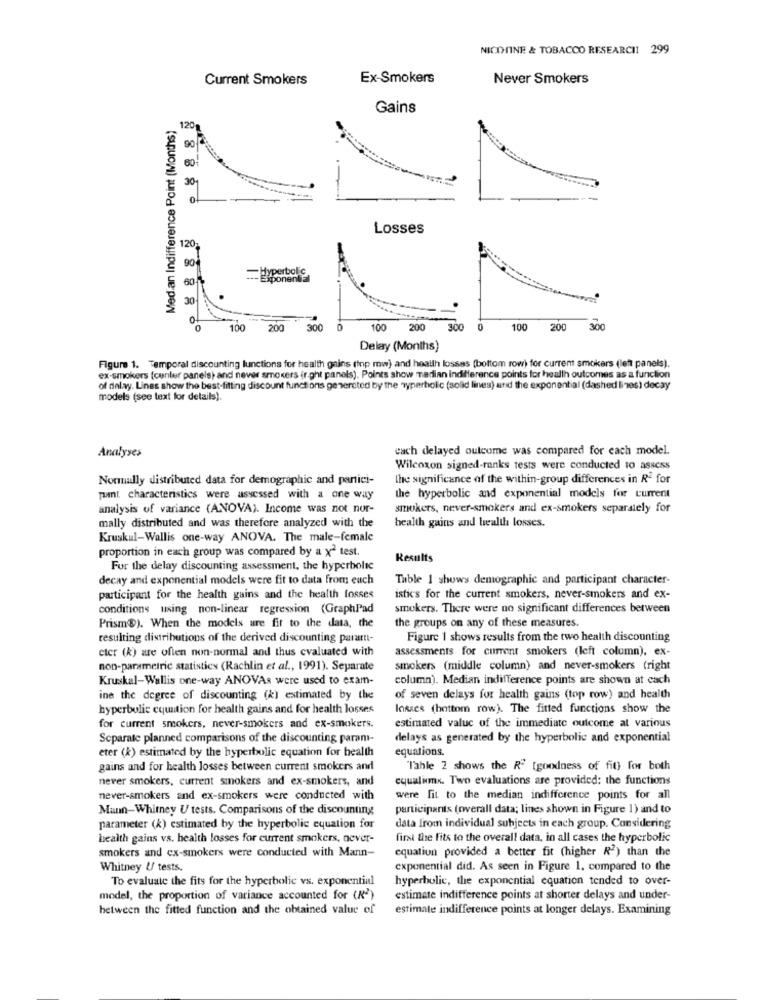
NICOTINE & TOBACCO RESEARCH! 299
Current Smokers
Ex-Smokers
Never Smokers
Gains
Median Indifference Point (Months)
120g
90
60
30
0
8 8 8 8
Losses
120
90
Hyperbolic
60%
--- Exponential
30
100
200
300
100
200
300
0
100
200
300
Delay (Months)
Figure 1. Temporal discounting lunctions for health gains (iop mw) and health lossas (bottom row) for current smokers (left panels).
ex-smokers [center panels) and never smokers ir ght panels). Points show madian indifference points for health outcomes as a function
of delay. Lines show the best-fitting discount functions generated by the hyperbolic (solid lines) and the exponential (dashed lines) decay
models (see text for details).
Analyses
cach delayed outcome was compared for each model.
Wilcoxon signed-ranks tests were conducted to assess
Normally distributed data for demographic and partici-
the significance of the within-group differences in Re for
paint, characteristics were assessed with a one way
the hyperbolic and exponential models for current
analysis of variance (ANOVA). Income was not nor-
smokers, never-smokers and ex-smokers separately for
mally distributed and was therefore analyzed with the
health gains and health losses.
Kruskal-Wallis one-way ANOVA. The male-female
proportion in each group was compared by a x2 test.
Results
For the delay discounting assessment, the hyperbolic
decay and exponential models were fit to data from euch
Table 1 shows demographic and participant character-
participant for the health gains and the health fosses
istics for the current smokers, never-smokers and ex-
conditions using non-linear regression (GraphPad
smokers. There were no significant differences between
the groups on any of these measures.
Prism®). When the models are fit to the data, the
resulting distributions of the derived discounting parattt-
Figure 1 shows results from the two health discounting
eter (k) are often non-normal and thus evaluated with
assessments for current smokers (left column). ex-
non-parametric statistics (Rachlin et al ., 1991). Separate
smokers (middle column) and never-smokers (right
Kruskal-Wallis one-way ANOVAs were used to exam-
column). Median indifference points are shown at cach
ine the degree of discounting (k) estimated by the
of seven delays for health gains (top row) and health
hyperbolic cquation for health gains and for health losses
losses (bottom row). The fitted functions show the
for current smokers, never-smokers and ex-smokers.
estimated valuc of the immediate outcome at various
Separate planned comparisons of the discounting paramı-
delays as generated by the hyperbolic and exponential
eter (k) estimated by the hyperbolic equation for health
equations.
gains and for health losses between current smokers and
Tahle 2 shows the Re [goodness of fit) for both
never smokers, current smokers and ex-smokers, and
cqualimx. Two evaluations are provided: the functions
never-smokers and ex-smokers were conducted with
were fit to the median indifference points for all
Mann-Whitney U tests. Comparisons of the discounting
participants (overall data; lines shown in Figure 1) and to
parameter (k) estimated by the hyperbolic equation for
data from individual subjects in each group. Considering
health gains vs. health losses for current smokers, never-
first fre fits to the overall data, in all cases the hyperbolic
smokers and ex-smokers were conducted with Mann-
equation provided a better fit (higher R2) than the
Whitney U/ tests.
exponential did. As seen in Figure 1. compared to the
To evaluate the fits for the hyperbolic vs. exponential
hyperbolic, the exponential equation tended to over-
model, the proportion of variance accounted for (R)
estimate indifference points at shorter delays and under-
between the fitted function and the obtained value of
estimate indifference points at longer delays. Examining